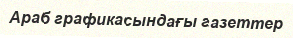
Араб графикасындағы газеттер